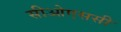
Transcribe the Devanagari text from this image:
सीओएससी